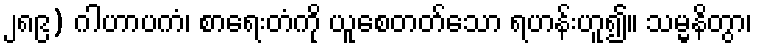
၂၈၉) ဂါဟာပကံ၊ စာရေးတံကို ယူစေတတ်သော ရဟန်းဟူ၍။ သမ္မနိတွာ၊